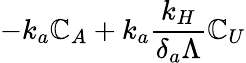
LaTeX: -k_{a}\mathbb{C}_{A}+k_{a}\frac{{k_{H}}}{{\delta_{a}\Lambda}}\mathbb{C}_{U}